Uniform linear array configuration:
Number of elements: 12
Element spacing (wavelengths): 0.5
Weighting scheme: binomial
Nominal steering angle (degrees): -15
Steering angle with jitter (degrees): -14.425
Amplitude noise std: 0.05
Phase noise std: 0.05

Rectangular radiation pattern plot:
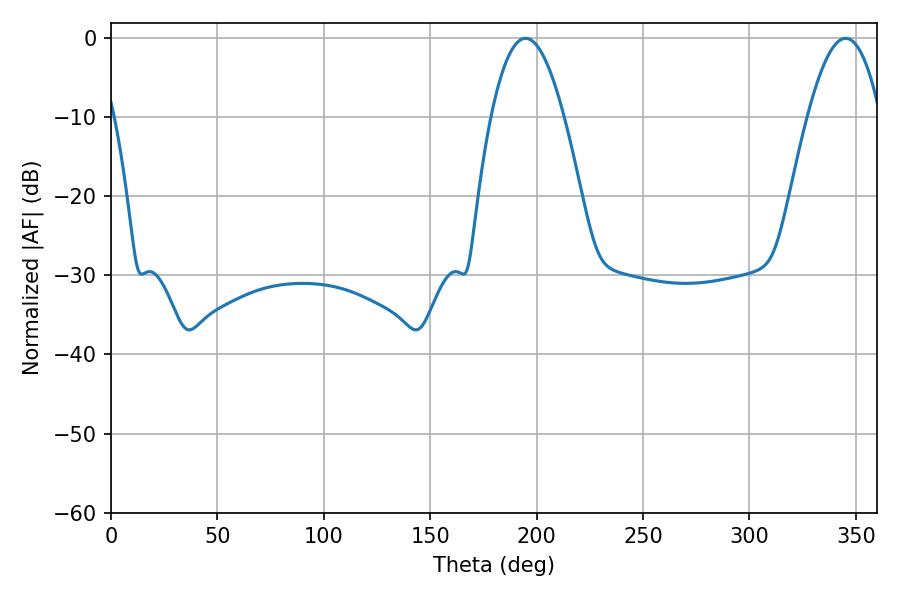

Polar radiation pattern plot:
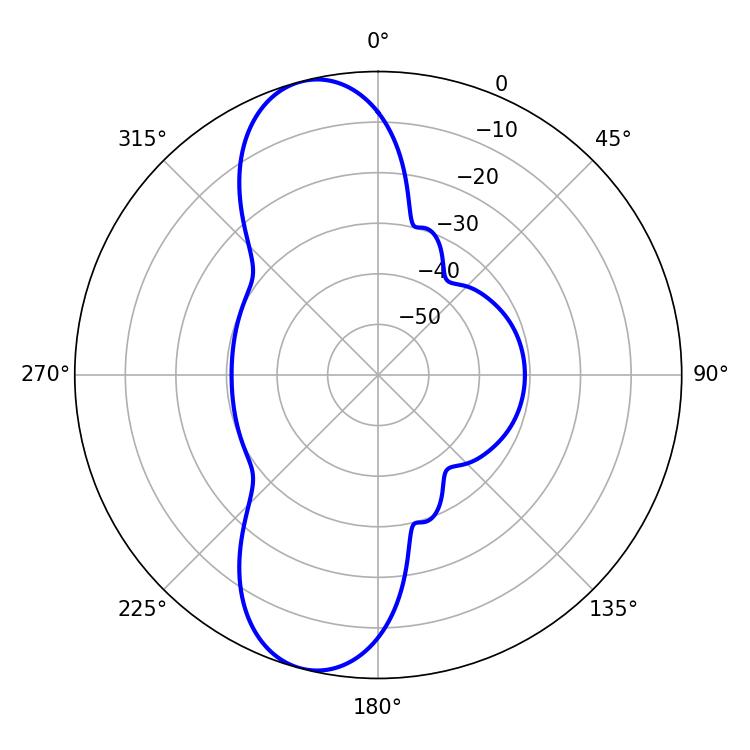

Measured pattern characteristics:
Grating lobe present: FALSE
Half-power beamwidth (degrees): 18.72
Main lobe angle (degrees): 194.76